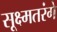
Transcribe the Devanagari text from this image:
सूक्ष्मतरंगे